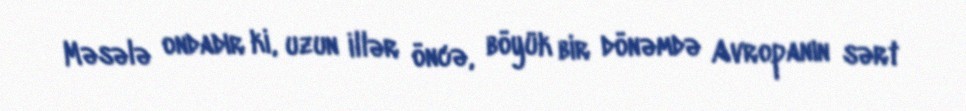
Məsələ ondadır ki, uzun illər öncə, böyük bir dönəmdə Avropanın sərt